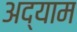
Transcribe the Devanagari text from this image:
अद्याम